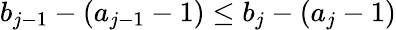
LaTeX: b_{j-1}-(a_{j-1}-1)\leq b_{j}-(a_{j}-1)